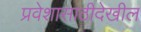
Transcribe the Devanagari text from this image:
प्रवेशासाठीदेखील